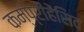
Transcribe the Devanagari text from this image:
कम्प्रीहेंसिव